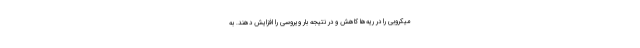
میکروبی را در ریه‌ها کاهش و در نتیجه بار ویروسی را افزایش دهند. به